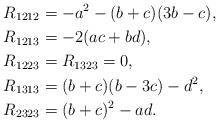
LaTeX: \begin{align*}& R_{1212} = -a^2-(b+c)(3b-c), \\& R_{1213} = -2(ac+bd), \\& R_{1223} = R_{1323} = 0, \\& R_{1313} =(b+c)(b-3c)-d^2, \\& R_{2323} = (b+c)^2-ad.\end{align*}